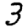
Digit: 3